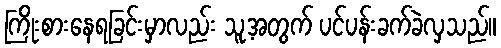
ကြိုးစားနေရခြင်းမှာလည်း သူ့အတွက် ပင်ပန်းခက်ခဲလှသည်။